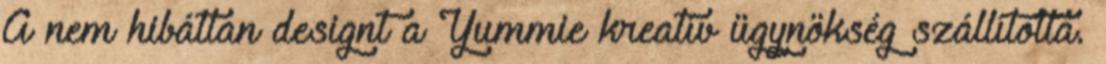
A nem hibátlan designt a Yummie kreatív ügynökség szállította.